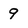
Character: 9